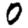
Digit: 0